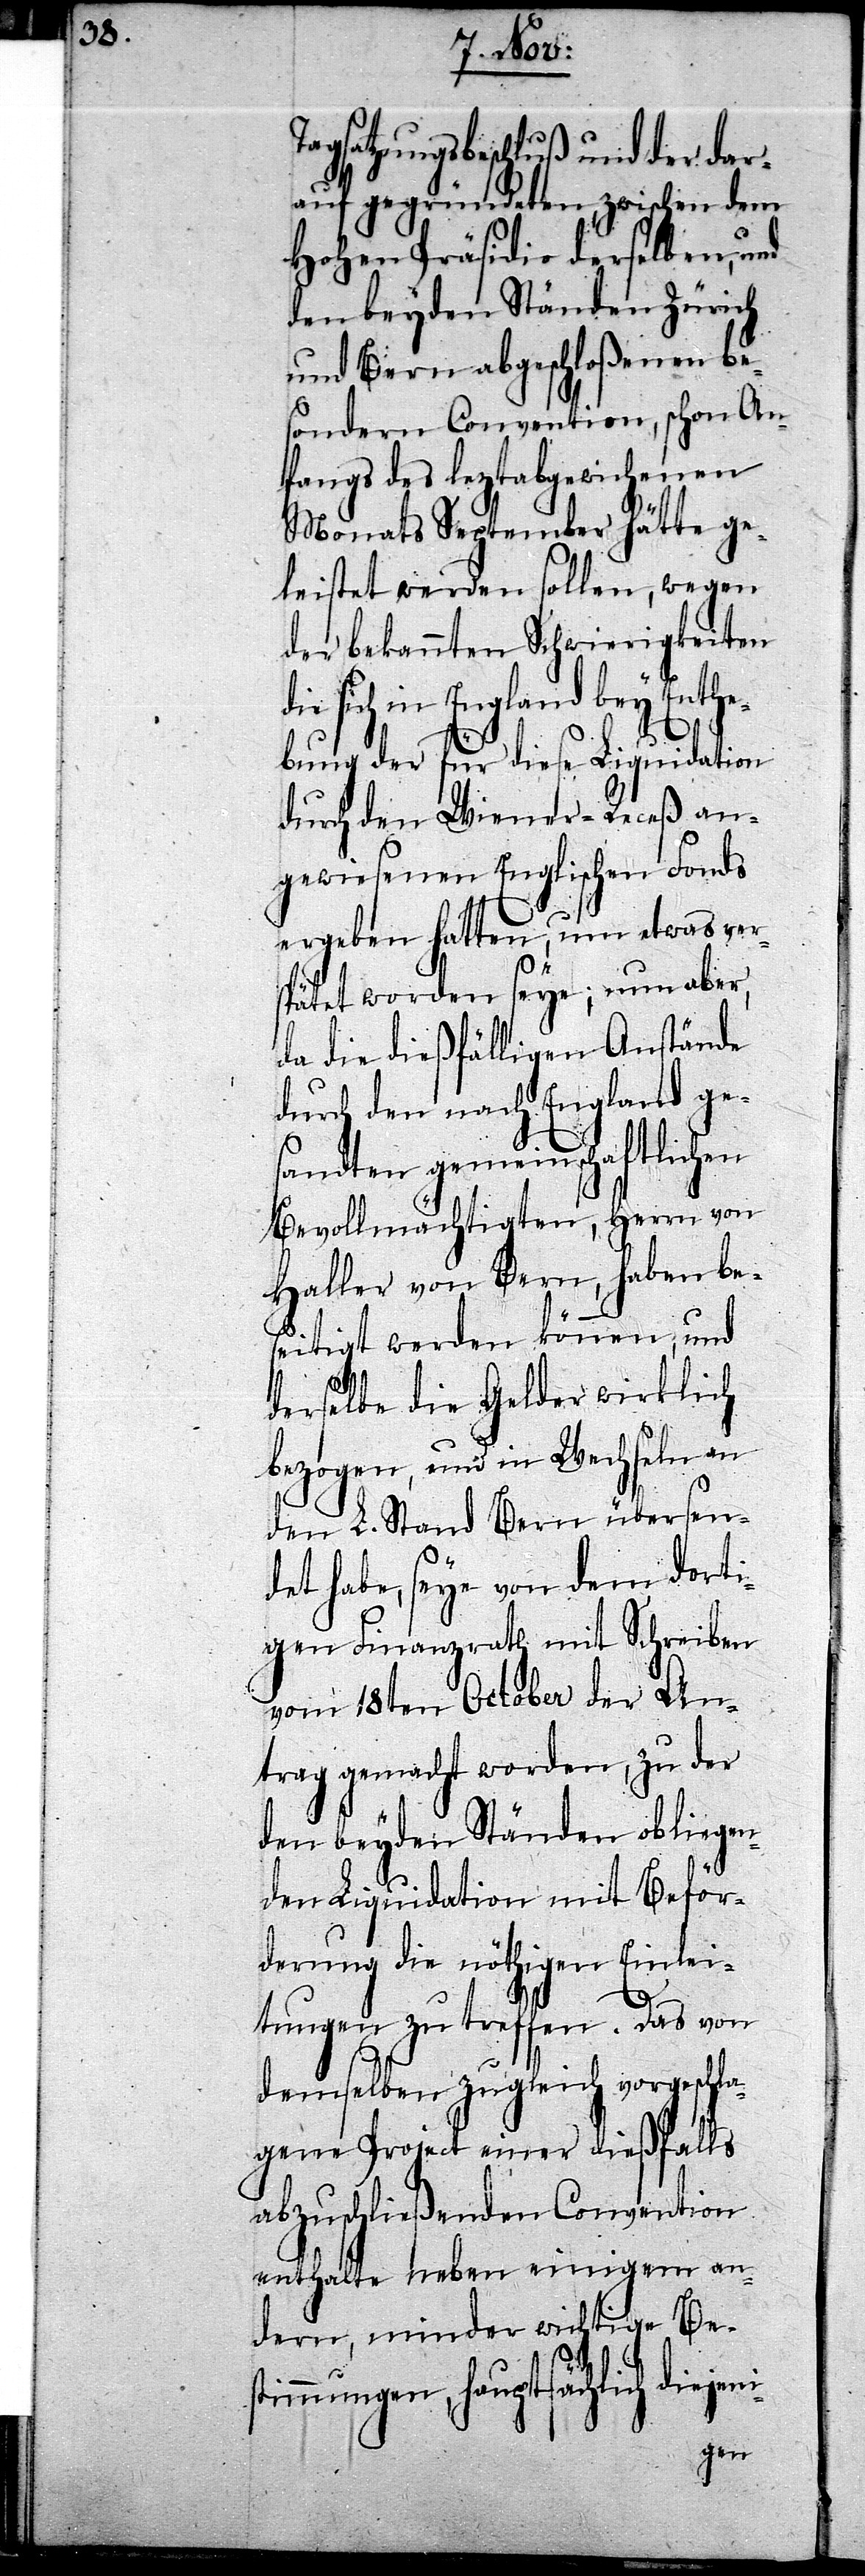
Tagsatzungsbeschluß und der dar¬
auf gegründeten, zwischen dem
Hohen Präsidio derselben, und
den beyden Ständen Zürich
und Bern abgeschloßenen bes¬
ondern Convention, schon An¬
fangs des leztabgewichenen
Monats September hätte ge¬
leistet werden sollen, wegen
der bekannten Schwierigkeiten
die sich in England bey Enthe¬
i-
bung der für diese Liquidation
durch den Wiener-Receß an¬
gewiesenen Englischen Fonds
ergeben hatten, um etwas ver¬
spätet worden seye; nun aber,
da die dießfälligen Anstände
durch den nach England ge¬
sandten gemeinschaftlichen
Bevollmächtigten, Herrn von
Haller von Bern, haben be¬
seitigt werden können, und
derselbe die Gelder wirklich
bezogen, und in Wechseln an
den L. Stand Bern übersen¬
det habe, seye von dem dorti¬
gen Finanzrath mit Schreiben
vom 18ten October der An¬
trag gemacht worden, zu der
den beyden Ständen obliegen¬
den Liquidation mit Beför¬
derung die nöthigen Einlei¬
tungen zu treffen. Das von
demselben zugleich vorgeschla¬
gene Project einer dießfalls
abzuschließenden Convention
enthalte neben einigem an¬
dern, minder wichtige Be¬
stimmungen, hauptsächlich diejen¬